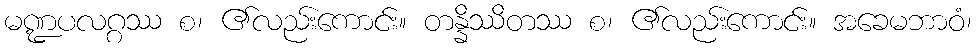
မဏ္ဍပလဂ္ဂဿ စ၊ ၏လည်းကောင်း။ တန္နိဿိတဿ စ၊ ၏လည်းကောင်း။ အခေမဘာဝံ၊